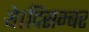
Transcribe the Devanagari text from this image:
थे।दिसम्बर